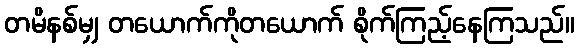
တမိနစ်မျှ တယောက်ကိုတယောက် စိုက်ကြည့်နေကြသည်။